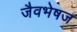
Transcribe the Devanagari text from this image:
जैवभेषज